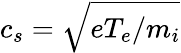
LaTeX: c_{s}=\sqrt{eT_{e}/m_{i}}